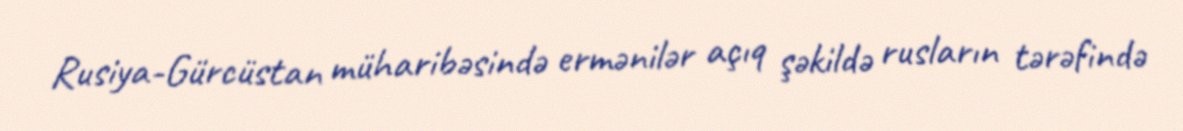
Rusiya-Gürcüstan müharibəsində ermənilər açıq şəkildə rusların tərəfində